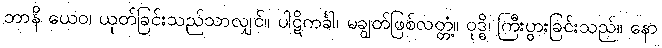
ဘာနိ ယေဝ၊ ယုတ်ခြင်းသည်သာလျှင်။ ပါဋိကင်္ခါ၊ မချွတ်ဖြစ်လတ္တံ့။ ဝုဒ္ဓိ၊ ကြီးပွားခြင်းသည်။ နော